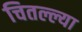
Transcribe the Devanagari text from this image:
चितल्ल्या